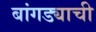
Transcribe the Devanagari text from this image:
बांगड्याची